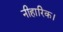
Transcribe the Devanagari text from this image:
नीहारिक।